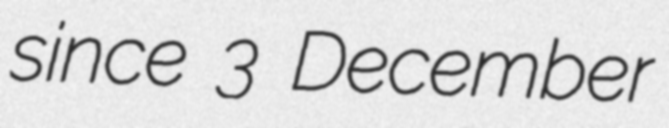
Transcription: since 3 December